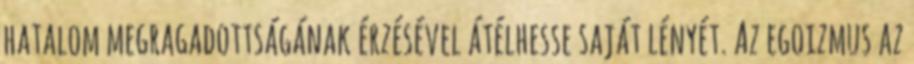
hatalom megragadottságának érzésével átélhesse saját lényét. Az egoizmus az